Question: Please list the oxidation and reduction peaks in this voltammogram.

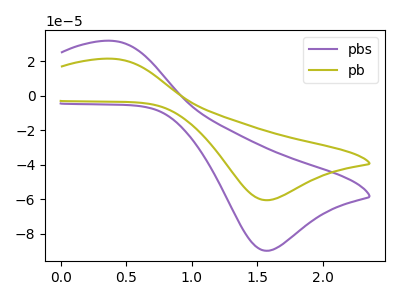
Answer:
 <answer>The purple curve "pbs" has an anodic peak at (0.40V, 31.85uA) and a cathodic peak at (1.55V, -89.95uA). The olive curve "pb" has an anodic peak at (0.40V, 21.45uA) and a cathodic peak at (1.55V, -60.65uA).</answer>
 <eval></eval>